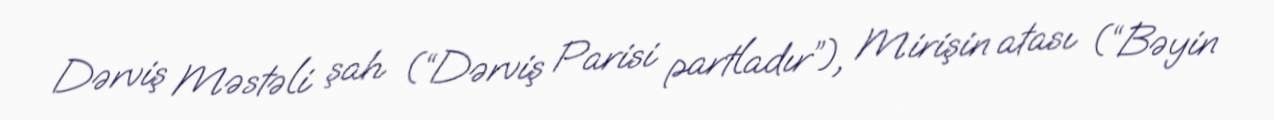
Dərviş Məstəli şah (“Dərviş Parisi partladır”), Mirişin atası (“Bəyin